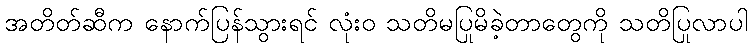
အတိတ်ဆီက နောက်ပြန်သွားရင် လုံးဝ သတိမပြုမိခဲ့တာတွေကို သတိပြုလာပါ